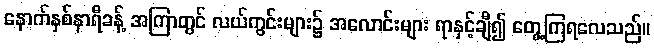
နောက်နှစ်နာရီခန့် အကြာတွင် လယ်ကွင်းများ၌ အလောင်းများ ရာနှင့်ချီ၍ တွေ့ကြရလေသည်။